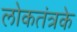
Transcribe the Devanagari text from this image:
लोकतंत्रके